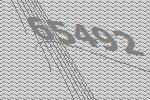
65492